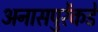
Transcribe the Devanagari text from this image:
अनासपुरेंकडे